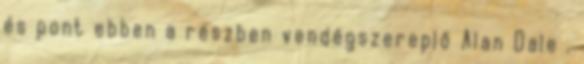
és pont ebben a részben vendégszereplő Alan Dale .